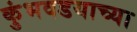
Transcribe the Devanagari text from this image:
कुंभवडयाच्या